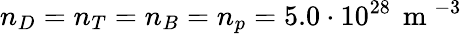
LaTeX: n_{D}=n_{T}=n_{B}=n_{p}=5.0\cdot 10^{28}\, \mathrm{~m~}^{-3}